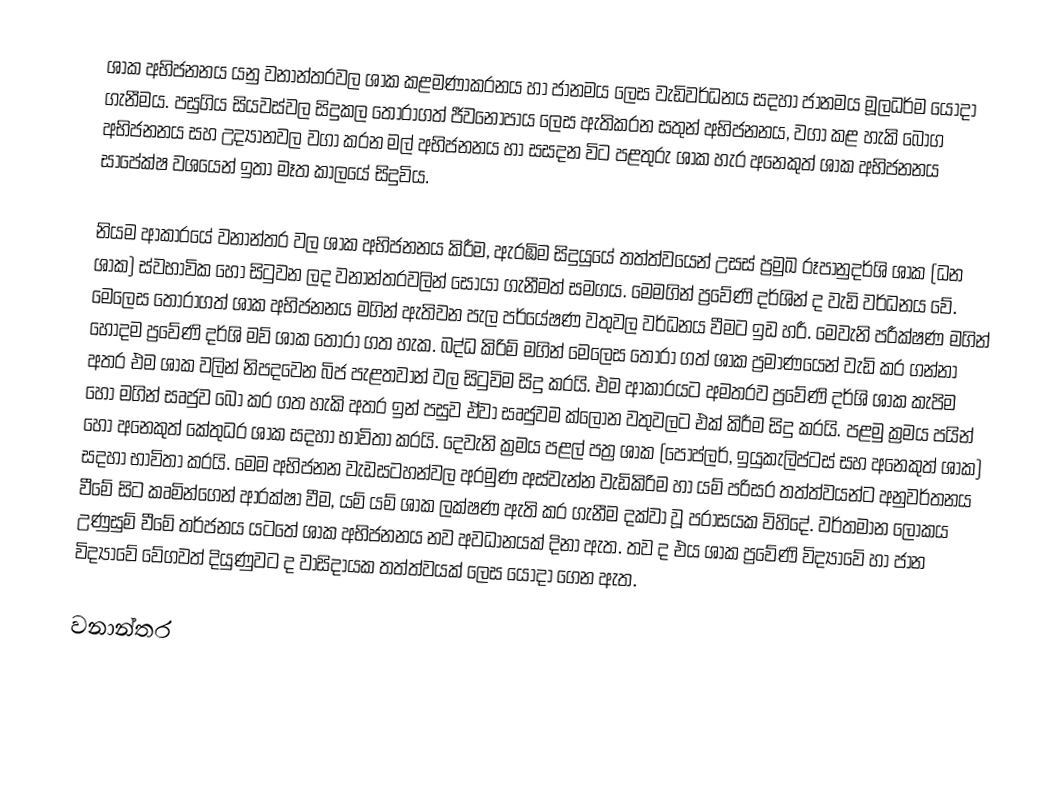
ශාක අභිජනනය යනු වනාන්තරවල ශාක කළමණාකරනය හා ජානමය ලෙස වැඩිවර්ධනය සදහා ජානමය මූලධර්ම යොදා ගැනීමය. පසුගිය සියවස්වල සිදුකල තෝරාගත් ජීවනෝපාය ලෙස ඇතිකරන සතුන් අභිජනනය, වගා කළ හැකි බෝග අභිජනනය සහ උද්‍යානවල වගා කරන මල් අභිජනනය හා සසදන විට පළතුරු ශාක හැර අනෙකුත් ශාක අභිජනනය සාපේක්ෂ වශයෙන් ඉතා මෑත කාලයේ සිදුවිය.

නියම ආකාරයේ වනාන්තර වල ශාක අභිජනනය කිරීම, ඇරඹිම සිදුයුයේ තත්ත්වයෙන් උසස් ප්‍රමුඛ රූපානුදර්ශි ශාක (ධන ශාක) ස්වභාවික හෝ සිටුවන ලද වනාන්තරවලින් සොයා ගැනීමත් සමගය. මෙමගින් ප්‍ර‍වේණි දර්ශින් ද වැඩි වර්ධනය වේ. මෙලෙස තෝරාගත් ශාක අභිජනනය මගින් ඇතිවන පැල පර්යේෂණ වතුවල වර්ධනය වීමට ඉඩ හරී. මෙවැනි පරීක්ෂණ මගින් හොදම ප්‍රවේණි දර්ශි මව් ශාක තෝරා ගත හැක. බද්ධ කිරිම් මගින් මෙලෙස තෝරා ගත් ශාක ප්‍රමාණයෙන් වැඩි කර ගන්නා අතර එම ශාක වලින් නිපදවෙන බිජ පැළතවාන් වල සිටුවිම සිදු කරයි. එම ආකාරයට අමතරව ප්‍රවේණි දර්ශි ශාක කැපිම හෝ මගින් සෘජුව බෝ කර ගත හැකි අතර ඉන් පසුව ඒවා සෘජුවම ක්ලෝන වතුවලට එක් කිරීම සිදු කරයි. පළමු ක්‍රමය පයින් හෝ අනෙකුත් කේතුධර ශාක සදහා භාවිතා කරයි. දෙවැනි ක්‍රමය පළල් පත්‍ර ශාක (පොප්ලර්, ඉයුකැලිප්ටස් සහ අනෙකුත් ශාක) සදහා භාවිතා කරයි. මෙම අභිජනන වැඩසටහන්වල අරමුණ අස්වැන්න වැඩිකිරිම හා යම් පරිසර තත්ත්වයන්ට අනුවර්තනය වීමේ සිට කෘමින්ගෙන් ආරක්ෂා වීම, යම් යම් ශාක ලක්ෂණ ඇති කර ගැනීම දක්වා වූ පරාසයක විහිදේ. වර්තමාන ලෝකය උණුසුම් වීමේ තර්ජනය යටතේ ශාක අභිජනනය නව අවධානයක් දිනා ඇත. තව ද එය ශාක ප්‍රවේණි විද්‍යාවේ හා ජාන විද්‍යාවේ වේගවත් දියුණුවට ද වාසිදායක තත්ත්වයක් ලෙස යොදා ගෙන ඇත.

වනාන්තර